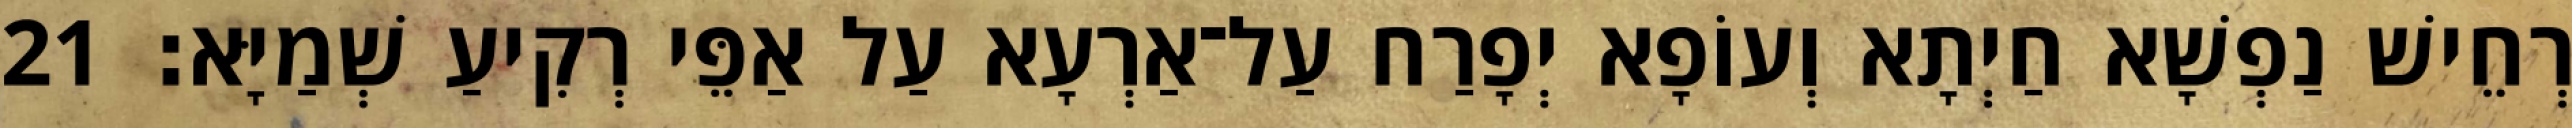
רְחֵישׁ נַפְשָׁא חַיְתָא וְעוֹפָא יְפָרַח עַל־אַרְעָא עַל אַפֵּי רְקִיעַ שְׁמַיָּא׃ 21